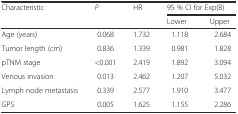
<table><thead><tr><td rowspan="2"><b>Characteristic</b></td><td rowspan="2"><b><i>P</i></b></td><td rowspan="2"><b>HR</b></td><td colspan="2"><b>95 % CI for Exp(B)</b></td></tr><tr><td><b>Lower</b></td><td><b>Upper</b></td></tr></thead><tbody><tr><td>Age (years)</td><td>0.068</td><td>1.732</td><td>1.118</td><td>2.684</td></tr><tr><td>Tumor length (cm)</td><td>0.836</td><td>1.339</td><td>0.981</td><td>1.828</td></tr><tr><td>pTNM stage</td><td>&lt;0.001</td><td>2.419</td><td>1.892</td><td>3.094</td></tr><tr><td>Venous invasion</td><td>0.013</td><td>2.462</td><td>1.207</td><td>5.032</td></tr><tr><td>Lymph node metastasis</td><td>0.339</td><td>2.577</td><td>1.910</td><td>3.477</td></tr><tr><td>GPS</td><td>0.005</td><td>1.625</td><td>1.155</td><td>2.286</td></tr></tbody></table>